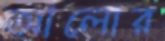
আলোর